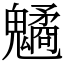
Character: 䰬